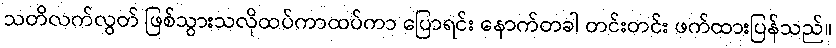
သတိလက်လွတ် ဖြစ်သွားသလိုထပ်ကာထပ်ကာ ပြောရင်း နောက်တခါ တင်းတင်း ဖက်ထားပြန်သည်။